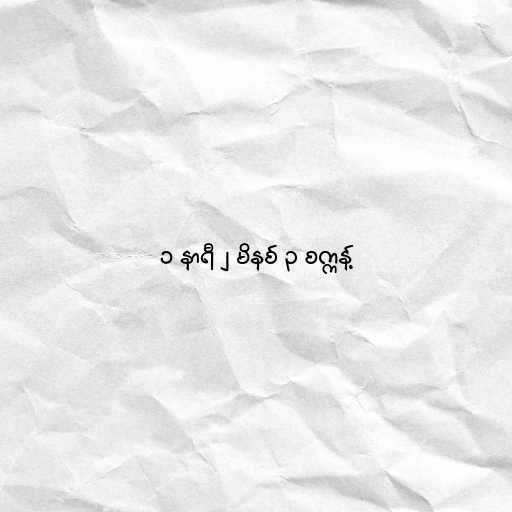
၁ နာရီ ၂ မိနစ် ၃ စက္ကန့်